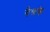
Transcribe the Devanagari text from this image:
येणके